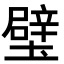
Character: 𨐬